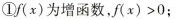
①f(x)为增函数，f(x)>0；